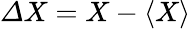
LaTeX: {\mit\Delta}X=X-\langle X\rangle